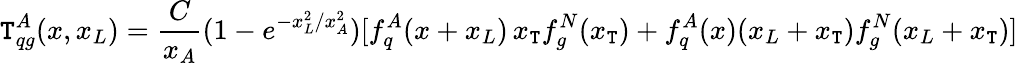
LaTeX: \mathtt{T}_{qg}^{A}(x,x_{L})=\frac{{C}}{{x_{A}}}(1-e^{-x_{L}^{2}/x_{A}^{2}})[f_{q}^{A}(x+x_{L})\, x_{\mathtt{T}}f_{g}^{N}(x_{\mathtt{T}})+f_{q}^{A}(x)(x_{L}+x_{\mathtt{T}})f_{g}^{N}(x_{L}+x_{\mathtt{T}})]\,